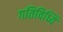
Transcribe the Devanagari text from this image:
गतिविध्यिं